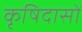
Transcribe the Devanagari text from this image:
कृषिदासों